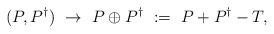
LaTeX: \begin{align*} (P, P^{\dag}) ~\to~ P \oplus P^{\dag} ~:=~ P + P^{\dag} - T,\end{align*}